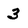
Character: 3